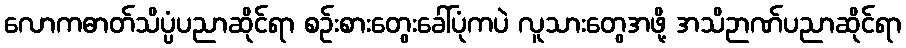
လောကဓာတ်သိပ္ပံပညာဆိုင်ရာ စဉ်းစားတွေးခေါ်ပုံကပဲ လူသားတွေအဖို့ အသိဉာဏ်ပညာဆိုင်ရာ